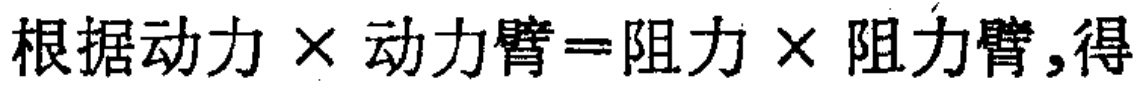
根据动力$\times$动力臂=阻力$\times$阻力臂,得